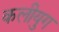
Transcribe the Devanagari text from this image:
कलीयुग